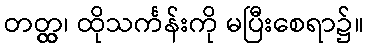
တတ္ထ္လ၊ ထိုသင်္ကန်းကို မပြီးစေရာ၌။